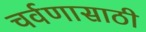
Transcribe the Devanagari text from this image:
चर्वणासाठी